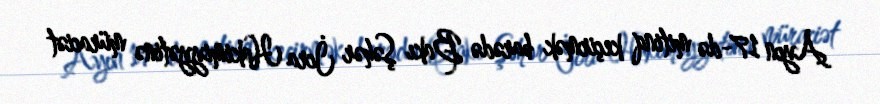
Ayın 17-də mitinq keçirmək barədə Bakı Şəhər İcra Hakimiyyətinə müraciət